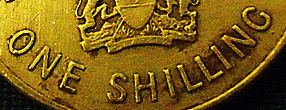
ONE SHILLING